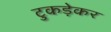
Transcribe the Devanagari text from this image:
टुकड़ेकर